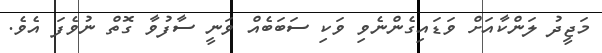
މަޖީދު ލަންކާއަށް ވަޑައިގެންނެވި ވަކި ސަބަބެއް ވަނީ ސާފުވާ ގޮތް ނުވެފަ އެވެ.